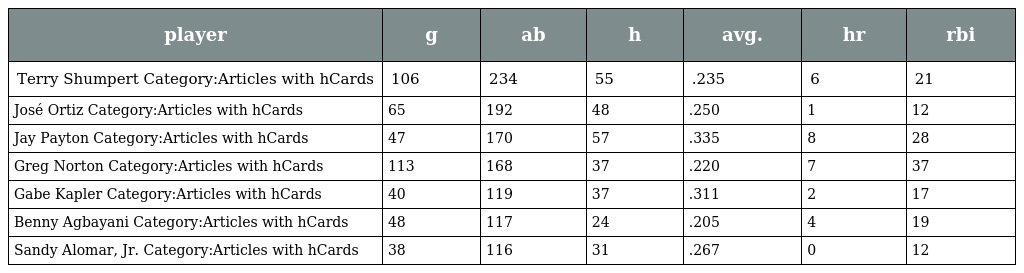
| player | g | ab | h | avg. | hr | rbi |
 | --- | --- | --- | --- | --- | --- | --- |
 | Terry Shumpert Category:Articles with hCards | 106 | 234 | 55 | .235 | 6 | 21 |
 | José Ortiz Category:Articles with hCards | 65 | 192 | 48 | .250 | 1 | 12 |
 | Jay Payton Category:Articles with hCards | 47 | 170 | 57 | .335 | 8 | 28 |
 | Greg Norton Category:Articles with hCards | 113 | 168 | 37 | .220 | 7 | 37 |
 | Gabe Kapler Category:Articles with hCards | 40 | 119 | 37 | .311 | 2 | 17 |
 | Benny Agbayani Category:Articles with hCards | 48 | 117 | 24 | .205 | 4 | 19 |
 | Sandy Alomar, Jr. Category:Articles with hCards | 38 | 116 | 31 | .267 | 0 | 12 |